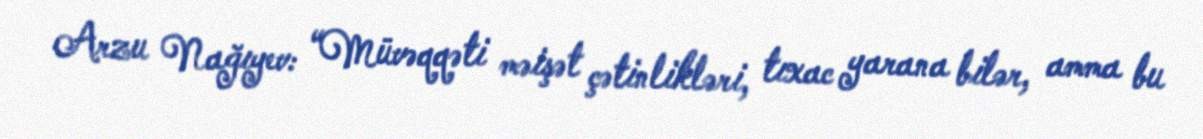
Arzu Nağıyev: “Müvəqqəti məişət çətinlikləri, tıxac yarana bilər, amma bu